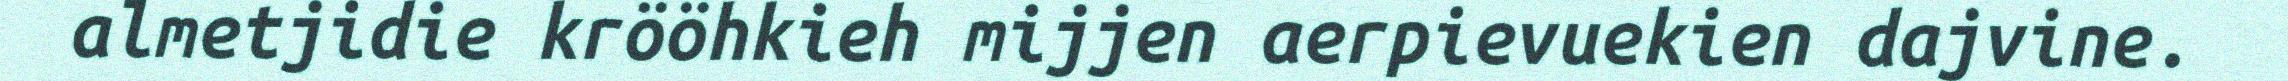
almetjidie krööhkieh mijjen aerpievuekien dajvine.